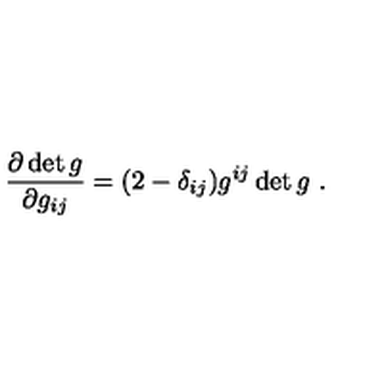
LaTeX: \frac { \partial \det g } { \partial g _ { i j } } = ( 2 - \delta _ { i j } ) g ^ { i j } \det g \ .